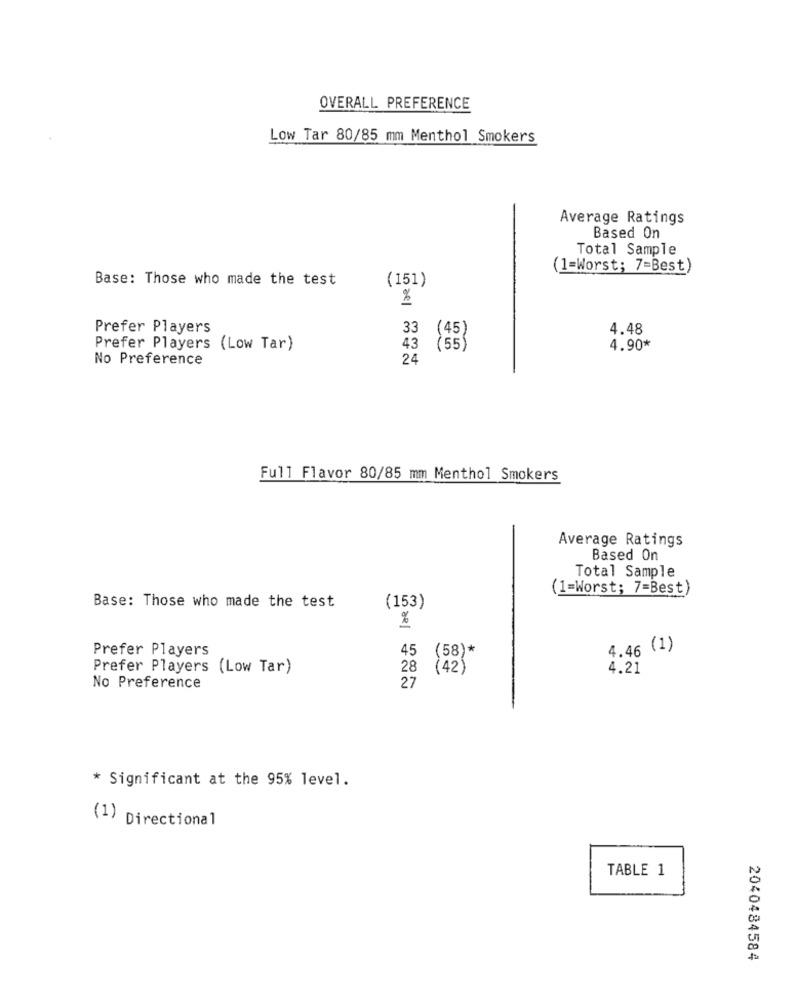
OVERALL PREFERENCE
Low Tar 80/85 mm Menthol Smokers
Average Ratings
Based On
Total Sample
(1=Worst; 7=Best)
Base: Those who made the test
(151)
%
Prefer Players
33
(45)
4.48
Prefer Players (Low Tar)
43
(55
4.90*
No Preference
24
Full Flavor 80/85 mm Menthol Smokers
Average Ratings
Based On
Total Sample
(1=Worst; 7=Best)
(153)
Base: Those who made the test
%
Prefer Players
45
4.46 (1)
(58)*
Prefer Players (Low Tar)
28
(42)
4.21
27
No Preference
* Significant at the 95% level.
(1) Directional
TABLE 1
2040484584